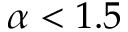
\alpha < 1 . 5